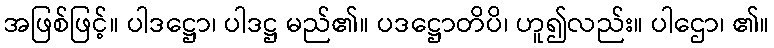
အဖြစ်ဖြင့်။ ပါဒဋ္ဌော၊ ပါဒဋ္ဌ မည်၏။ ပဒဋ္ဌောတိပိ၊ ဟူ၍လည်း။ ပါဌော၊ ၏။